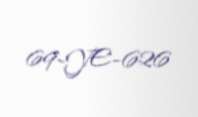
69-YE-626